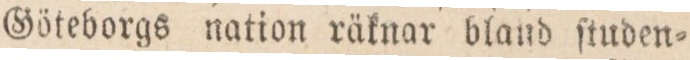
Söteborgs nation räknar bland ſtuden=